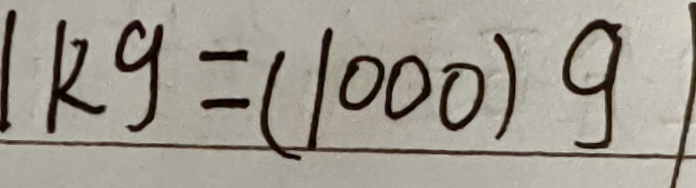
1 k g = ( 1 0 0 0 ) g )